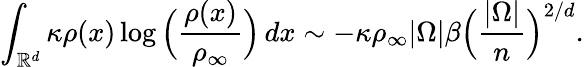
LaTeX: \int_{\mathbb{R}^{d}}\kappa\rho(x)\log\Big(\frac{\rho(x)}{\rho_{\infty}}\Big)\, dx\sim-\kappa\rho_{\infty}|\Omega|\beta\Big(\frac{|\Omega|}{n}\Big)^{2/d}.